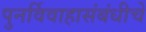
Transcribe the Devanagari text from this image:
पुनर्विवाहासंबंधीचे